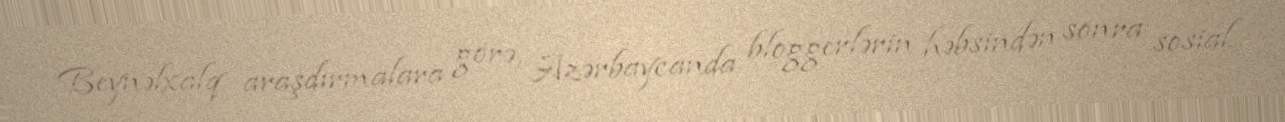
Beynəlxalq araşdırmalara görə, Azərbaycanda bloggerlərin həbsindən sonra sosial